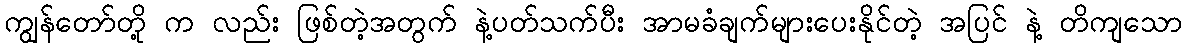
ကျွန်တော်တို့ က လည်း ဖြစ်တဲ့အတွက် နဲ့ပတ်သက်ပီး အာမခံချက်များပေးနိုင်တဲ့ အပြင် နဲ့ တိကျသော